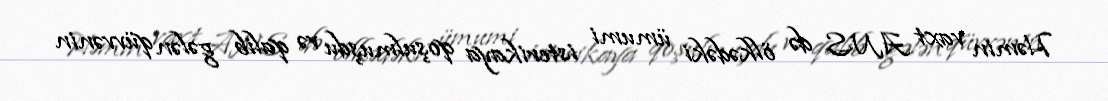
Həmin vaxt ANS də ölkədəki ümumi isterikaya qoşulmuşdu və qalib gələn qüvvənin